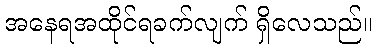
အနေရအထိုင်ရခက်လျက် ရှိလေသည်။